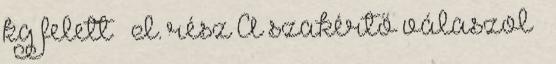
kg felett – I. rész A szakértő válaszol –